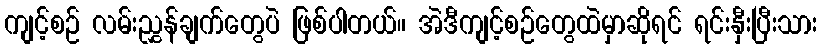
ကျင့်စဉ် လမ်းညွှန်ချက်တွေပဲ ဖြစ်ပါတယ်။ အဲဒီကျင့်စဉ်တွေထဲမှာဆိုရင် ရင်းနှီးပြီးသား